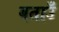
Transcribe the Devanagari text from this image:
बताउँ